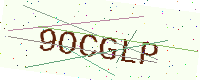
Text: 9OCGLP